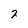
Character: 7